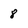
Character: 8